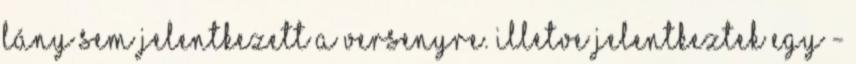
lány sem jelentkezett a versenyre. Illetve jelentkeztek egy -